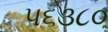
૫૬૩૮૦